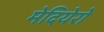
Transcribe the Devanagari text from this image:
मेदियेरो